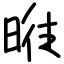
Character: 暀